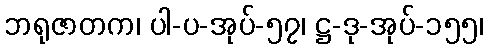
ဘရုဇာတက၊ ပါ-ပ-အုပ်-၅၇၊ ဋ္ဌ-ဒု-အုပ်-၁၅၅၊